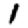
Digit: 1